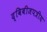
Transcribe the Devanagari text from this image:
द्विबीजपत्रीय